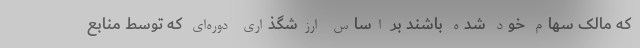
که مالک سهام خود شده باشند بر اساس ارزشگذاری دوره‌‌ای که توسط منابع